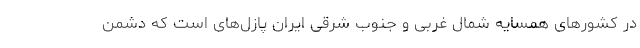
در کشورهای همسایه شمال غربی و جنوب شرقی ایران پازل‌های است که دشمن